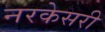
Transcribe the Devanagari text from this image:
नरकेसरी